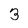
Character: 3